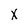
Character: X